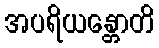
အပရိယန္တောတိ